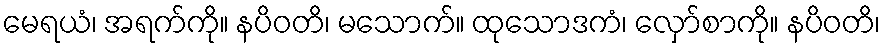
မေရယံ၊ အရက်ကို။ နပိဝတိ၊ မသောက်။ ထုသောဒကံ၊ လှော်စာကို။ နပိဝတိ၊